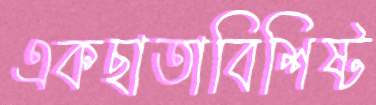
একছাতাবিশিষ্ট